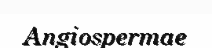
Angiospermae